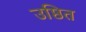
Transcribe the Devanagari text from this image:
उष्ठित